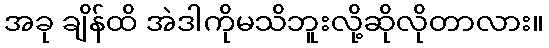
အခု ချိန်ထိ အဲဒါကိုမသိဘူးလို့ဆိုလိုတာလား။